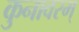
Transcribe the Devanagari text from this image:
कुनावरम्